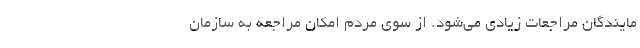
مایندگان مراجعات زیادی می‌شود. از سوی مردم امکان مراجعه به سازمان